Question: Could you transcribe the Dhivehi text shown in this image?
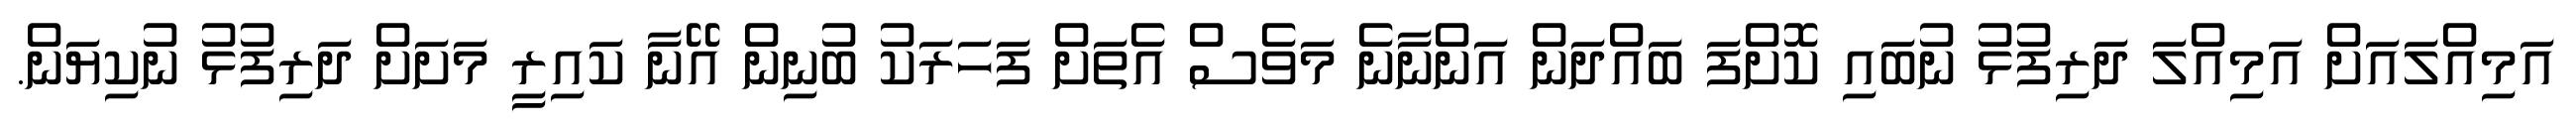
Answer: އަމިއްލައަށް އަމިއްލަ ދަރިފުޅު ނުބައި ކޮށްފަ ބައްދަން އަންނާނެ މަވެސް އެތަށް ފަހަރަކު ބުނިން އޭނާ ކައިރީ މަށަށް ދަރިފުޅު ނުކިޔަން.